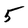
Character: 5